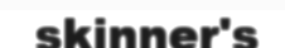
skinner's